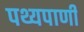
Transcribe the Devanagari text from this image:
पथ्यपाणी